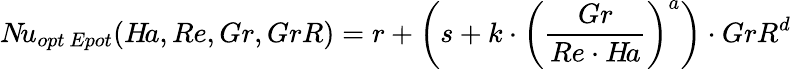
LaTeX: N\! u_{opt\ Epot}(H\! a,Re,Gr,GrR)=r+\left(s+k\cdot\left(\frac{Gr}{Re\cdot H\! a}\right)^{a}\right)\cdot GrR^{d}